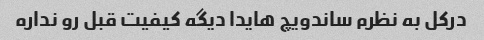
درکل به نظرم ساندویچ هایدا دیگه کیفیت قبل رو نداره